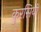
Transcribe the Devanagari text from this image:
कुरसियों